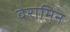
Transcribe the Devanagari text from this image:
वेरामिन